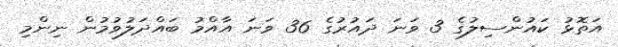
އަތޮޅު ކައުންސިލުގެ 3 ވަނަ ދައުރުގެ 36 ވަނަ އާއްމު ބައްދަލުވުމުން ނިންމި